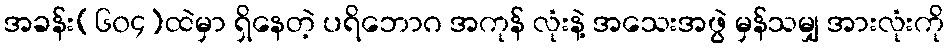
အခန်း(၆၀၄)ထဲမှာ ရှိနေတဲ့ ပရိဘောဂ အကုန် လုံးနဲ့ အသေးအဖွဲ မှန်သမျှ အားလုံးကို